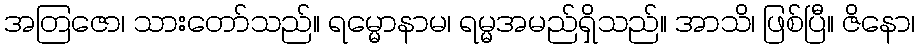
အတြဇော၊ သားတော်သည်။ ရမ္မောနာမ၊ ရမ္မအမည်ရှိသည်။ အာသိ၊ ဖြစ်ပြီ။ ဇိနော၊